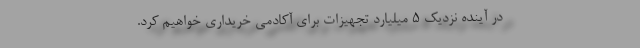
در آینده نزدیک 5 میلیارد تجهیزات برای آکادمی خریداری خواهیم کرد.